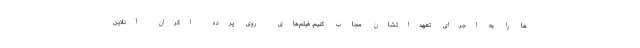
ها را به اجرای تعهداتشان مجاب کنیم. فیلم‌های روی پرده اکران آنلاین